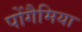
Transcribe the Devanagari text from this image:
पोंगैमिया